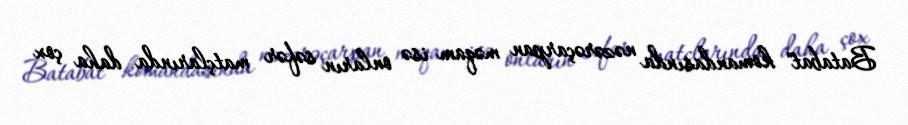
Batabat" komandasında nəzərəçarpan məqam isə onların səfər matçlarında daha çox